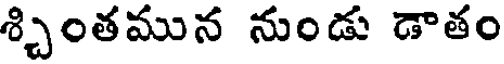
శ్చింతమున నుండు డాతం